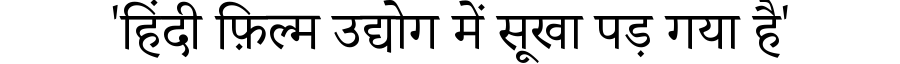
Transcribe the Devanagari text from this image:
'हिंदी फ़िल्म उद्योग में सूखा पड़ गया है'